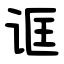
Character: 诓